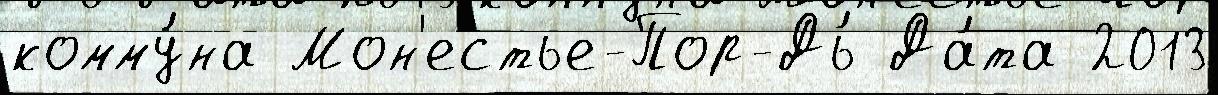
комму́на Мон'естье-Пор-Дь́ Да́та 2013